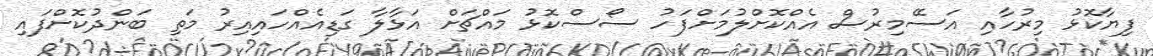
ފިޔާކޮޅު މިރުހާއި އަސޭމިރުސް އެއްކޮށްލުމަށްފަހު ސޯސްކޮޅު މައްޗަށް އަޅާލާ ގަޑިއެއްހައިއިރު މަތި ބަންދުކޮށްފައި